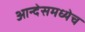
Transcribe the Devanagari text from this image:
आन्देसमध्येच